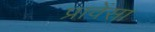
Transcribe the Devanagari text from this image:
प्रावेंसा